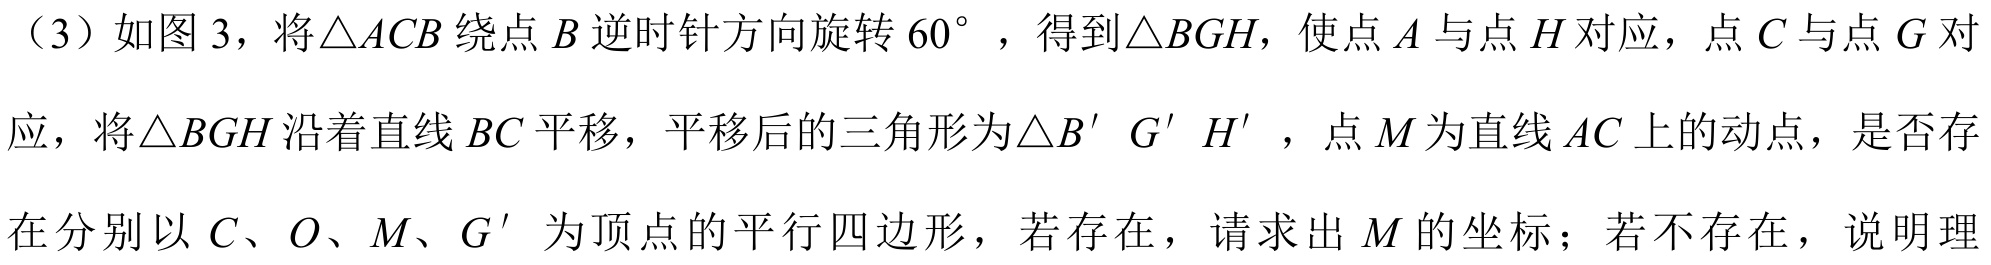
（3）如图 3，将\(\triangle ACB\)绕点\(B\)逆时针方向旋转\(60^{\circ}\) ，得到\(\triangle BGH\)，使点\(A\)与点\(H\)对应，点\(C\)与点\(G\)对
应，将\(\triangle BGH\)沿着直线\(BC\)平移，平移后的三角形为\(\triangle B^{\prime} G^{\prime} H^{\prime}\)，点\(M\)为直线\(AC\)上的动点，是否存
在分别以\(C、O、M、G^{\prime}\)为顶点的平行四边形，若存在，请求出\(M\)的坐标；若不存在，说明理